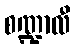
စဏ္ဍာလီ